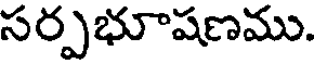
సర్పభూషణము.